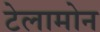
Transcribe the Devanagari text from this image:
टेलामोन